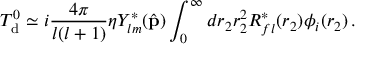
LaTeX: T _ { \mathrm { d } } ^ { 0 } \simeq i { \frac { 4 \pi } { l ( l + 1 ) } } \eta Y _ { l m } ^ { * } ( { \hat { \bf p } } ) \int _ { 0 } ^ { \infty } d r _ { 2 } r _ { 2 } ^ { 2 } R _ { f l } ^ { * } ( r _ { 2 } ) \phi _ { i } ( r _ { 2 } ) \, .